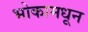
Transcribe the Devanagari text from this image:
भोकामधून